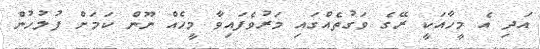
އަދި އެ މީހާއަކީ ރޭގެ ވަގުތެއްގައި މަރުވެފައިވާ މީހެއް ނޫން ކަމަށް ފުލުހުން